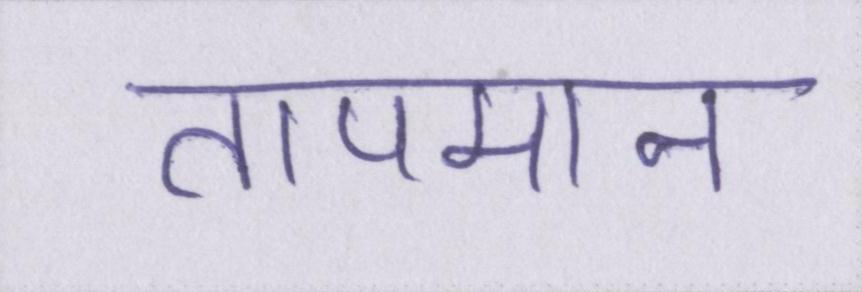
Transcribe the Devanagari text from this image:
तापमान